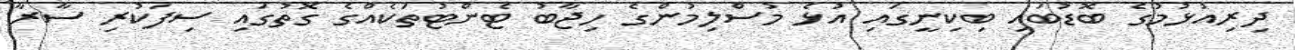
ދިރިއުޅުމުގެ ބޮޑުބައި ބިކިނީގައި އުޅެ މުސްލިމުންގެ ހިޖާބު ޓެންޓުތަކެއްގެ ގޮތުގައި ސިފަކުރި ސާރާ